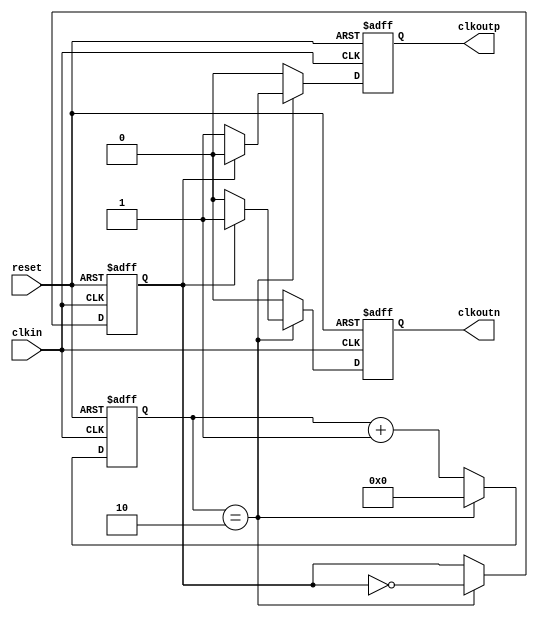
module spi_clock_divisor (clkin, reset, clkoutp, clkoutn);
    parameter clkdiv = 2;
    input     clkin;
    input     reset;
    output    clkoutp, clkoutn;
    wire      clkin;
    reg       clkoutp, clkoutn;
    reg       clkbase, clkgen;
    reg [6:0] clkcnt;
    always @(posedge clkin or negedge reset)
      if (~reset)
        begin
           clkcnt  <= 0;
           clkbase <= 0;
           clkoutp <= 0;
           clkoutn <= 0;
        end
      else
        begin
           clkoutp <= 0;
           clkoutn <= 0;
           if (clkcnt == clkdiv)
             begin
                clkcnt  <= 0;
                clkbase <= ~clkbase;
                if (clkbase) clkoutn <= 1;
                else clkoutp <= 1;
             end
           else clkcnt <= clkcnt + 7'd1;
        end
    always @(negedge clkin) clkgen <= clkbase;
endmodule